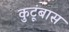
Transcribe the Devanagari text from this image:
कुटूंबास